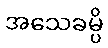
အသေခမ္ပိ